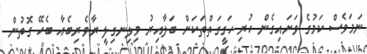
ނަމަވެސް ކަމުގެ ވަށައިގެން ހުރި ހަގީގަތްތަކަށް ބަލާއިރު ވިލިނގިލީ ރާވެރިބެއާ ބެހޭ ގޮތުން